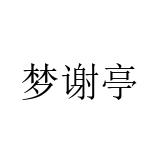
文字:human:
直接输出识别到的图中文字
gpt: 梦谢亭